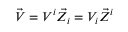
{ \vec { V } } = V ^ { i } { \vec { Z } } _ { i } = V _ { i } { \vec { Z } } ^ { i }